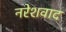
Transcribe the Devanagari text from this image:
नरेशवाद